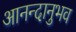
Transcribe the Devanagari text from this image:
आनन्दानुभव